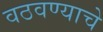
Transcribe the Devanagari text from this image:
वठवण्याचे